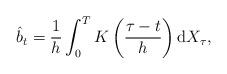
LaTeX: \begin{align*}\hat{b}_{t}=\frac{1}{h} \int_{0}^{T} K\left(\frac{\tau-t}{h}\right) \mathrm{d} X_{\tau},\end{align*}